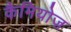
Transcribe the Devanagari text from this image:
कैमियोज़